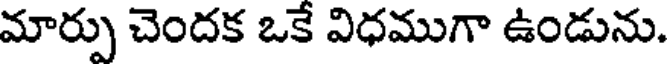
మార్పు చెందక ఒకే విధముగా ఉండును.